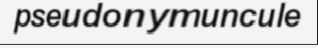
pseudonymuncule